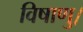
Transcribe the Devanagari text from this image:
विषाणु।